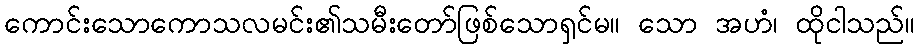
ကောင်းသောကောသလမင်း၏သမီးတော်ဖြစ်သောရှင်မ။ သော အဟံ၊ ထိုငါသည်။